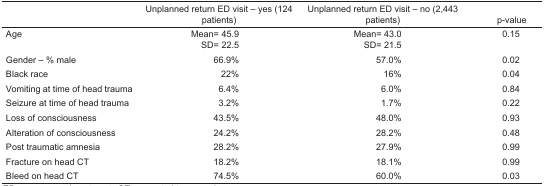
|  | Unplanned return ED visit – yes (124 patients) | Unplanned return ED visit – no (2,443 patients) | p-value |
 | --- | --- | --- | --- |
 | Age | Mean= 45.9SD= 22.5 | Mean= 43.0SD= 21.5 | 0.15 |
 | Gender – % male | 66.9% | 57.0% | 0.02 |
 | Black race | 22% | 16% | 0.04 |
 | Vomiting at time of head trauma | 6.4% | 6.0% | 0.84 |
 | Seizure at time of head trauma | 3.2% | 1.7% | 0.22 |
 | Loss of consciousness | 43.5% | 48.0% | 0.93 |
 | Alteration of consciousness | 24.2% | 28.2% | 0.48 |
 | Post traumatic amnesia | 28.2% | 27.9% | 0.99 |
 | Fracture on head CT | 18.2% | 18.1% | 0.99 |
 | Bleed on head CT | 74.5% | 60.0% | 0.03 |